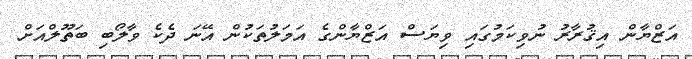
އަޒްޔާން އިޤުރާރު ނުވިކަމުގައި ވިޔަސް އަޒްޔާންގެ އަމަލުތަކުން އޭނަ ދެކެ ވާލޯބި ބަތޫލްއަށް